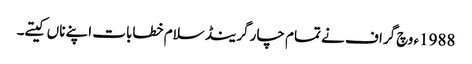
1988ء وچ گراف نے تمام چار گرینڈ سلام خطابات اپنے ناں کیتے۔